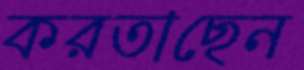
করতাছেন